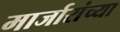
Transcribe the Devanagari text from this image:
मार्जारांच्या